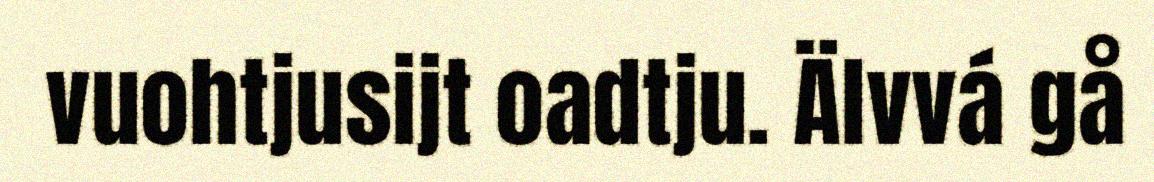
vuohtjusijt oadtju. Älvvá gå